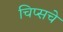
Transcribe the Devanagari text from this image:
चिप्सचे